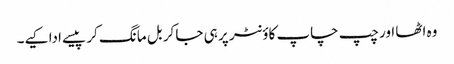
وہ اٹھا اور چپ چاپ کاؤنٹر پر ہی جا کر بل مانگ کر پیسے ادا کیے۔